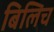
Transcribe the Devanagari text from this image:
बिलिच